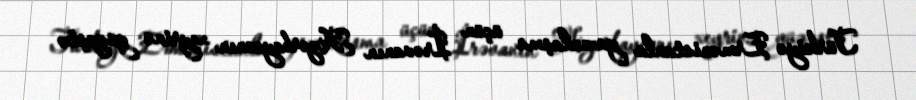
Türkiyə Ermənistanla yaxınlaşma üçün İrəvanın Azərbaycanın xeyrinə güzəştə